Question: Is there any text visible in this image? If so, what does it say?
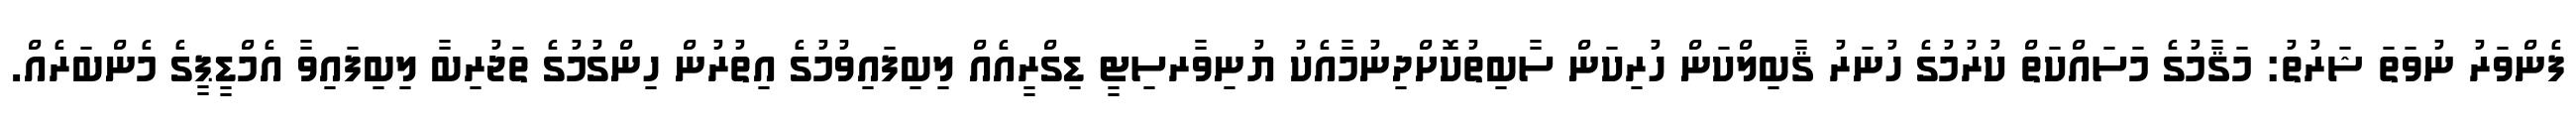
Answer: ފެންވަރު ނުވަތަ ޝަރުތު: މަޤާމުގެ މަސައްކަތް ކުރުމުގެ ހުނަރު ޤާބިލްކަން ހުރިކަން ސާބިތުކޮށްދިނުމާއެކު ޔުނިވާރސިޓީ ޑިގްރީއެއް ލިބިފައިވުމުގެ އިތުރުން ހިންގުމުގެ ތަޖުރިބާ ލިބިފައިވާ އެމްޑީޕީގެ މެންބަރެއް.